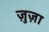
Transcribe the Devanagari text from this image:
ज़ुज़ा